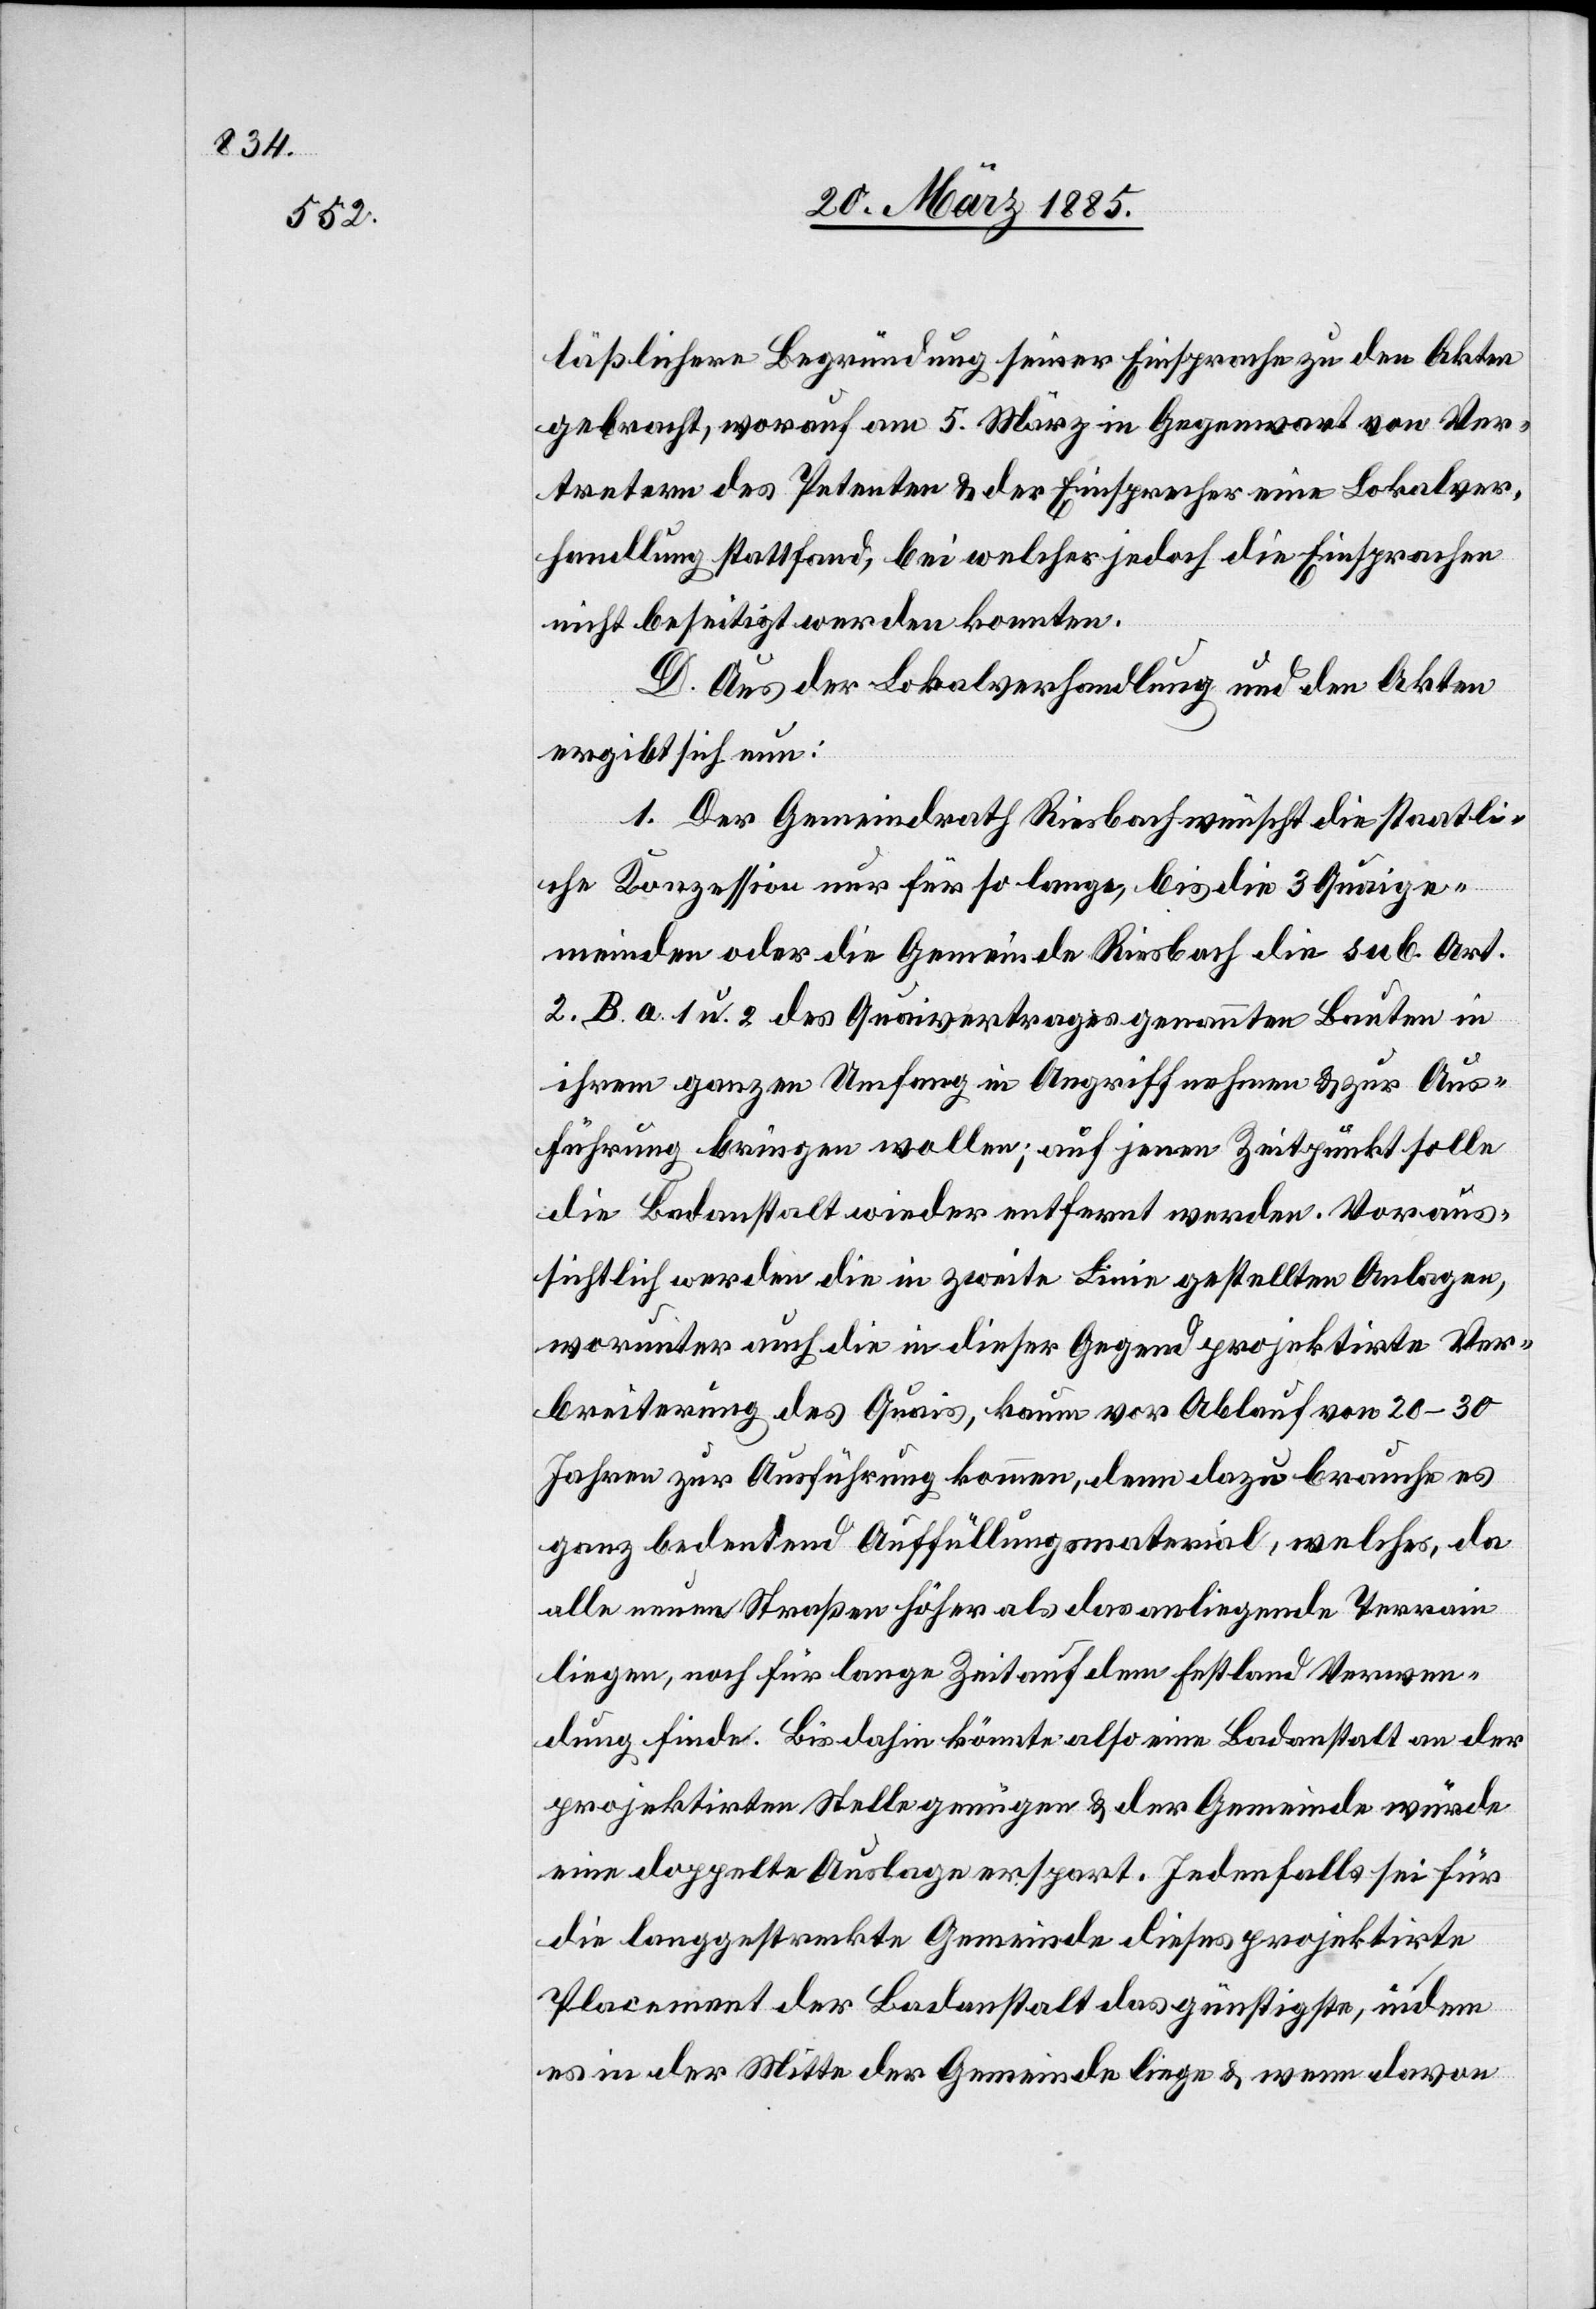
läßliche Begründung seiner Einsprache zu den Akten
gebracht, worauf am 5. März in Gegenwart von Ver¬
tretern des Petenten & der Einsprecher eine Lokalver¬
handlung stattfand, bei welcher jedoch die Einsprachen
nicht beseitigt werden konnten.
D. Aus der Lokalverhandlung und den Akten
ergibt sich nun:
1. Der Gemeindrath Riesbach wünscht die staatli¬
che Konzession nur für so lange, bis die 3 Quaige¬
meinden oder die Gemeinde Riesbach die sub. Art.
2. B. a. 1 u. 2 des Quaivertrages genannten Bauten in
ihrem ganzen Umfang in Angriff nehmen & zur Aus¬
führung bringen wollen; auf jenen Zeitpunkt solle
die Badanstalt wieder entfernt werden. Voraus¬
sichtlich werden die in zweite Linie gestellten Anlagen,
worunter auch die in dieser Gegend projektirte Ver¬
breiterung des Quais, kaum vor Ablauf von 20–30
Jahren zur Ausführung kommen, denn dazu brauche es
ganz bedeutend Auffüllungsmaterial, welches, da
alle neuen Straßen höher als das anliegende Terrain
liegen, noch für lange Zeit auf dem Festland Verwen¬
dung finde. Bis dahin könnte also eine Badanstalt an der
projektirten Stelle genügen & der Gemeinde würde
eine doppelte Auslage erspart. Jedenfalls sei für
die langgestreckte Gemeinde dieses projektirte
Placement der Badanstalt das günstigste, indem
es in der Mitte der Gemeinde liege & wenn davon